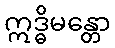
ဣဒ္ဓိမန္တော